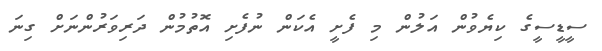
ސީޑީސީގެ ކިޔެވުން އަލުން މި ފެށީ އެކަން ނުފެށި އޮތުމުން ދަރިވަރުންނަށް ގިނަ